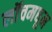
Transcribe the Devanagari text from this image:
लॉचमधून